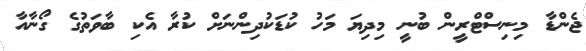
ޖެންޑާ މިިނިސްޓްރީން ބުނީ މިދިޔަ މަހު ކުޑަކުދިންނަށް ކުރާ އެކި ބާވަތުގެ ގޯނާއާ